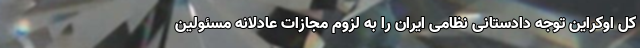
کل اوکراین توجه دادستانی نظامی ایران را به لزوم مجازات عادلانه مسئولین